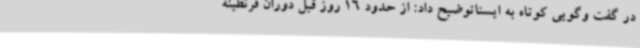
در گفت وگویی کوتاه به ایسناتوضیح داد: از حدود 16 روز قبل دوران قرنطینه